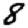
Digit: 8